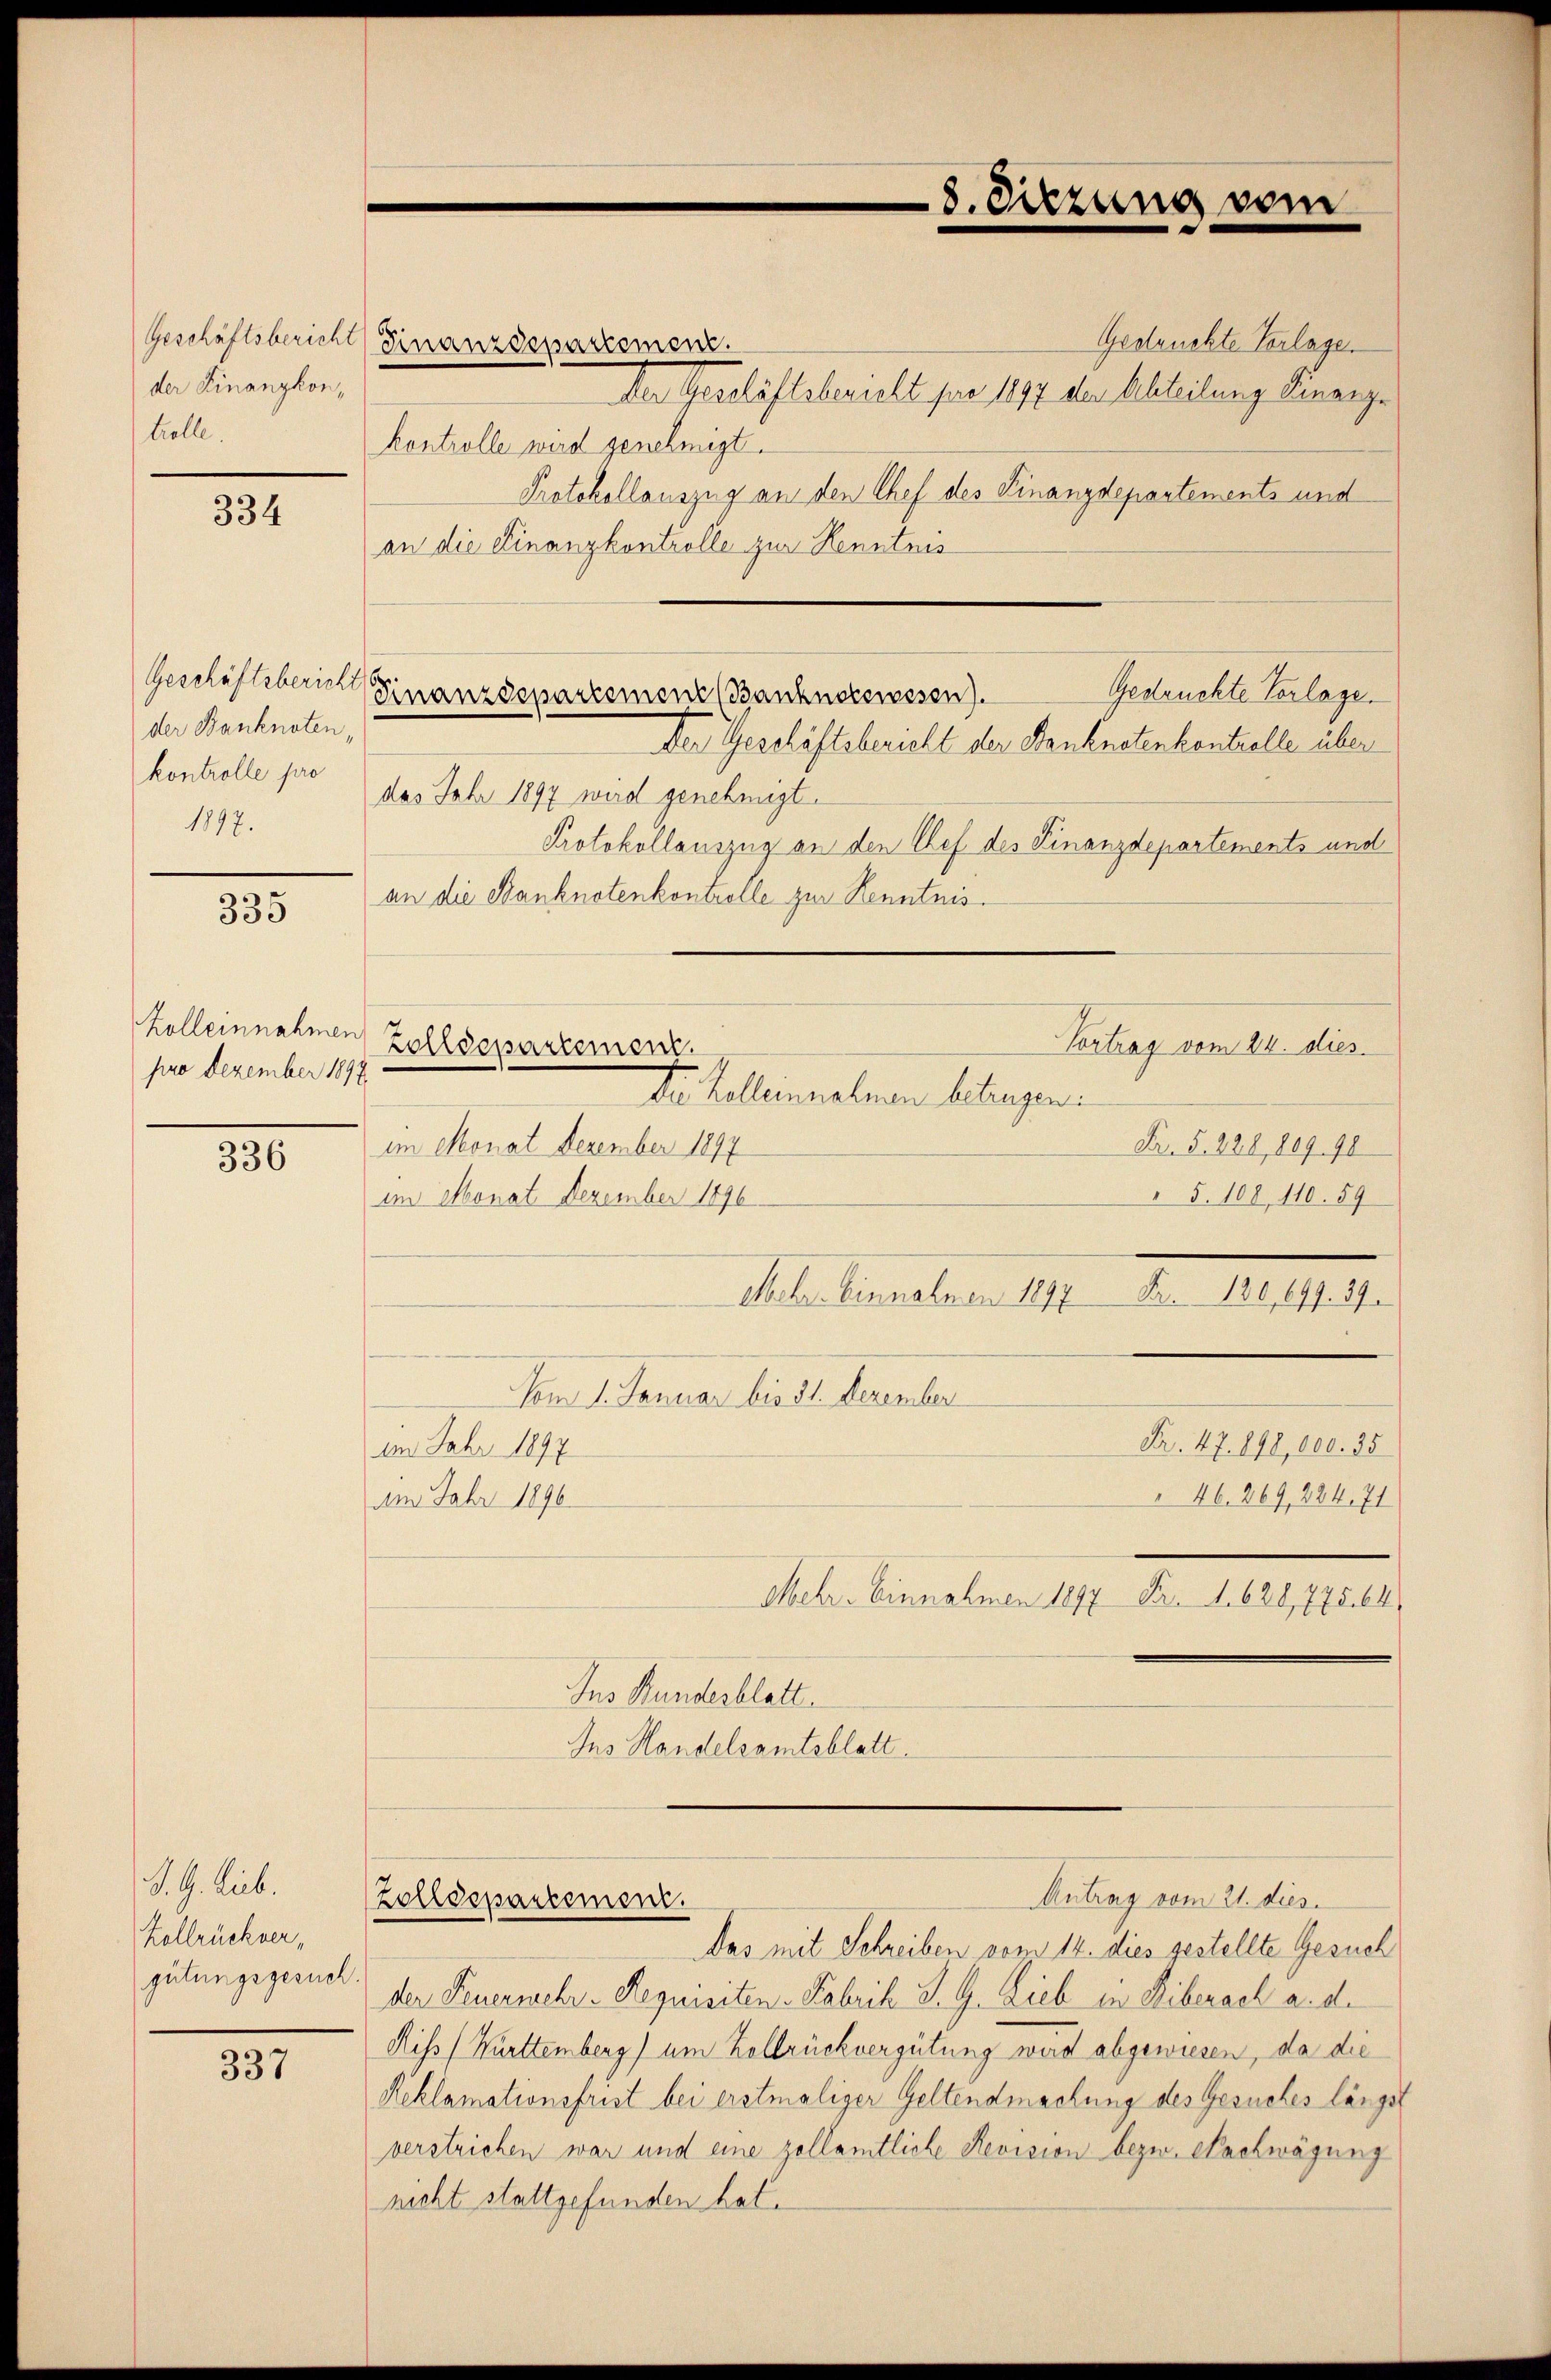
Geschäftsbericht
der Finanzkontielle.

334

Geschäftsbericht
der Banknoten,
kontrolle pro
1897.

335

Zolleinnahmen
pro Dezember 1891

336

S. G. Lieb.
Kolbrückver,
gütungsgesuch.

337

Gedruckte Vorlage.
Finanzdepartement.
Der Geschäftsbericht für 1897 der Abteilung Finanze
kontrolle wird genehmigt.
Protokollauszug an den Chef des Finanzdepartements und
an die Finanzkontrolle zur Kenntnis
das Jahr 1897 wird genehmigt.
Protokollauszug an den Chef des Finanzdepartements und
an die Banknotenkontrolle zur Kenntnis.
Vortrag vom 24. dies
Zolldepartement.
Dr. Kellennahmen betragen:
im Monat Dezember 1897
F. §. 228, 109. 90
 5. 108. 110. 59
im Monat Dezember 1896
Mehe. Einnehmen 1897
Fr. 130,647. 39.
Vom 1. Januar bis 31. Dezember
Fr. 47. 898,000. 35
im Jahr 1897
 46. 269, 284. 71
Im Jahr 1896
Mehr. Einnahmen 1877 Fr. 1. 628,775. 64
Ins Bundesblatt
Ins Handelsamtsblatt.

Gedrückte Vorlage.
Finanzdepartement (Banknocewesen.
Der Geschäftsbericht der Banknotenkontrolle über

Zolldepartement.
Das mit Schreiben vom 14. dies gestellte Gesuch

8. Sitzung vom

Antrag vom 21. Jus
der Feuermehr - Requisiten-Fabrik S. G. Lieb in Liberack a. d.
Riss (Württemberg) um Kolbrückvergütung wird abgewiesen, da die
Reklamationsfrist bei erstmaliger Geltendmachung des Gesuches längst
verstrichen war und eine zollamtliche Revision bezw. Nachwägung
nicht stattgefunden hat.